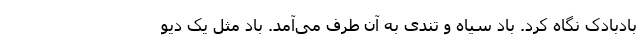
بادبادک نگاه کرد. باد سیاه و تندی به آن طرف می‌آمد. باد مثل یک دیو